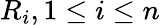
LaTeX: R_{i},1\leq i\leq n